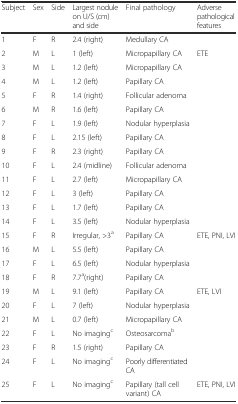
| Subject | Sex | Side | Largest nodule on U/S (cm) and side | Final pathology | Adverse pathological features |
 | --- | --- | --- | --- | --- | --- |
 | 1 | F | R | 2.4 (right) | Medullary CA |  |
 | 2 | M | L | 1 (left) | Micropapillary CA | ETE |
 | 3 | M | L | 1.2 (left) | Micropapillary CA |  |
 | 4 | M | L | 1.2 (left) | Papillary CA |  |
 | 5 | F | R | 1.4 (right) | Follicular adenoma |  |
 | 6 | M | R | 1.6 (left) | Papillary CA |  |
 | 7 | F | L | 1.9 (left) | Nodular hyperplasia |  |
 | 8 | F | L | 2.15 (left) | Papillary CA |  |
 | 9 | F | R | 2.3 (right) | Papillary CA |  |
 | 10 | F | L | 2.4 (midline) | Follicular adenoma |  |
 | 11 | F | L | 2.7 (left) | Micropapillary CA |  |
 | 12 | F | L | 3 (left) | Papillary CA |  |
 | 13 | F | L | 1.7 (left) | Papillary CA |  |
 | 14 | F | L | 3.5 (left) | Nodular hyperplasia |  |
 | 15 | F | R | Irregular, >3a | Papillary CA | ETE, PNI, LVI |
 | 16 | M | L | 5.5 (left) | Papillary CA |  |
 | 17 | F | L | 6.5 (left) | Nodular hyperplasia |  |
 | 18 | F | R | 7.7a(right) | Papillary CA |  |
 | 19 | M | L | 9.1 (left) | Papillary CA | ETE, LVI |
 | 20 | F | L | 7 (left) | Nodular hyperplasia |  |
 | 21 | M | L | 0.7 (left) | Micropapillary CA |  |
 | 22 | F | L | No imagingc | Osteosarcomab |  |
 | 23 | F | R | 1.5 (right) | Papillary CA |  |
 | 24 | F | L | No imagingc | Poorly differentiated CA |  |
 | 25 | F | L | No imagingc | Papillary (tall cell variant) CA | ETE, PNI, LVI |